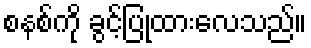
စနစ်ကို ခွင့်ပြုထားလေသည်။